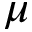
\mu